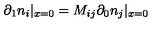
\partial _ { 1 } n _ { i } | _ { x = 0 } = M _ { i j } \partial _ { 0 } n _ { j } | _ { x = 0 }